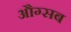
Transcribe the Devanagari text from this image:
औग्सब